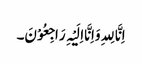
اِنَّا لِلہِ وَاِنَّا اِلَیْہِ رَاجِعُوْنَ۔